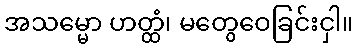
အသမ္မော ဟတ္ထံ၊ မတွေဝေခြင်းငှါ။